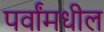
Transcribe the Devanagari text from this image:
पर्वांमधील